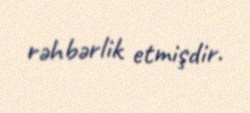
rəhbərlik etmişdir.